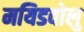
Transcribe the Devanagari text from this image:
मयिडवोलु